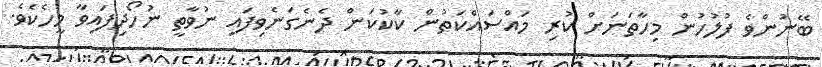
ބޭނުންވެ ފުލުހުން މިހާތަނަށް ކުރި މައްސައްކަތުން ކާކުކަން ދެނެގަނެވިފައި ނުވާތީ ނުހޯދިފައިވާ މީހެކެވެ.